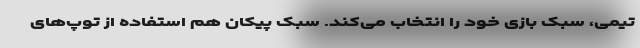
تیمی، سبک بازی خود را انتخاب می‌کند. سبک پیکان هم استفاده از توپ‌های